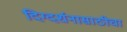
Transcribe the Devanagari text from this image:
दिग्दर्शनासाठीचा